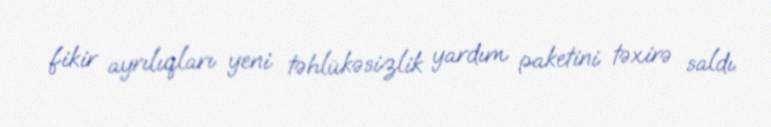
fikir ayrılıqları yeni təhlükəsizlik yardım paketini təxirə saldı.